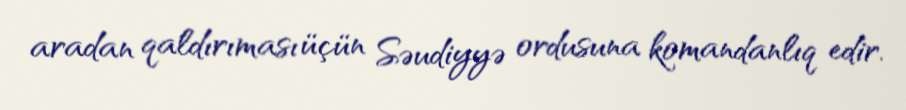
aradan qaldırıması üçün Səudiyyə ordusuna komandanlıq edir.